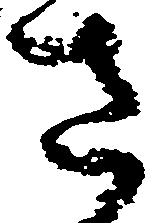
さ